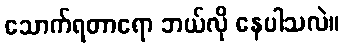
သောက်ရတာရော ဘယ်လို နေပါသလဲ။